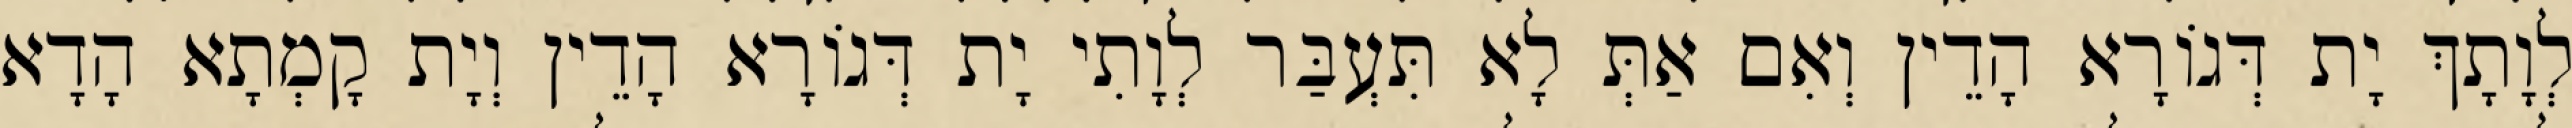
לְוָתָךְ יָת דְּגוֹרָא הָדֵין וְאִם אַתְּ לָא תִּעְבַּר לְוָתִי יָת דְּגוֹרָא הָדֵין וְיָת קָמְתָא הָדָא